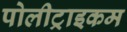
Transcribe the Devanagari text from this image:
पोलीट्राइकम